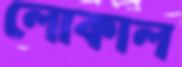
লোকাল